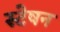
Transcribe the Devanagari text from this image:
स्टेषन